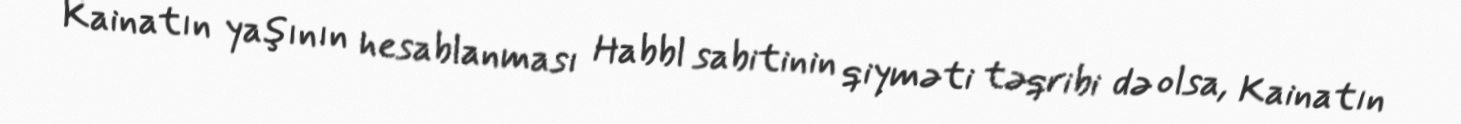
Kainatın yaşının hesablanması Habbl sabitinin qiyməti təqribi də olsa, Kainatın